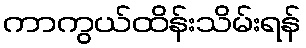
ကာကွယ်ထိန်းသိမ်းရန်